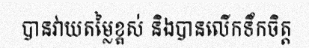
បានវាយតម្លៃខ្ពស់ និងបានលើកទឹកចិត្ត